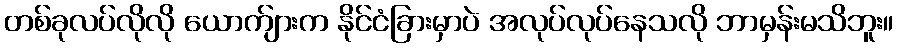
တစ်ခုလပ်လိုလို ယောက်ျားက နိုင်ငံခြားမှာပဲ အလုပ်လုပ်နေသလို ဘာမှန်းမသိဘူး။